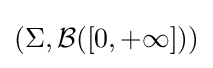
(\Sigma ,{\cal {B}}([0,+\infty ]))